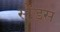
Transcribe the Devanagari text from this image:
स्ट्रैंड्स